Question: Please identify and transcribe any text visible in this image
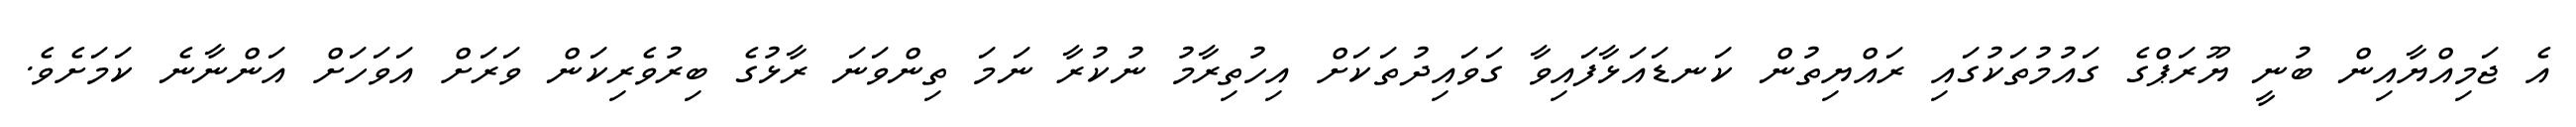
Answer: އެ ޖަމިއްޔާއިން ބުނީ ޔޫރަޕްގެ ގައުމުތަކުގައި ރައްޔިތުން ކަނޑައަޅާފައިވާ ގަވައިދުތަކަށް އިހުތިރާމު ނުކުރާ ނަމަ ތިންވަނަ ރާޅުގެ ބިރުވެރިކަން ވަރަށް އަވަހަށް އަންނާނެ ކަމަށެވެ.